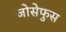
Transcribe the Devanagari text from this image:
जोसेफुस